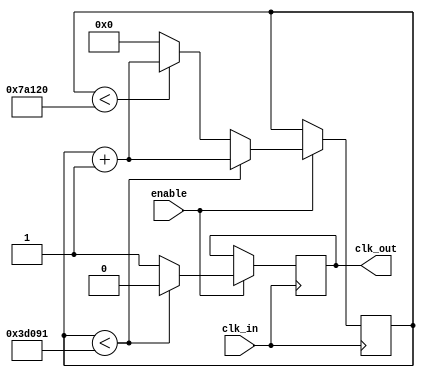
`timescale 1ns / 1ps
///////////////////////////////////////
//
//
///////////////////////////////////////
module clk_div(clk_in, clk_out, enable);
	input clk_in, enable;
	output reg clk_out;
	reg [25:0]counter;

	always @(posedge clk_in) begin
		if (enable) begin
			if (counter < 25_0_001) begin
				clk_out <= 0;
				counter <= counter + 1;
			end else if (counter < 50_0_000) begin
				clk_out <= 1;
				counter <= counter + 1;
			end else begin
				counter <= 0;
				clk_out <= 1;
			end
		end
	end
endmodule